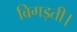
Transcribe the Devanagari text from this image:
बिगड़ती।